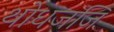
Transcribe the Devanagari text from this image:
थोधजजि